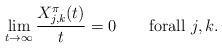
LaTeX: \begin{align*} \lim_{t\to\infty} \frac{X_{j,k}^\pi(t)}{t}=0 \qquad\mbox{forall $j,k$.}\end{align*}